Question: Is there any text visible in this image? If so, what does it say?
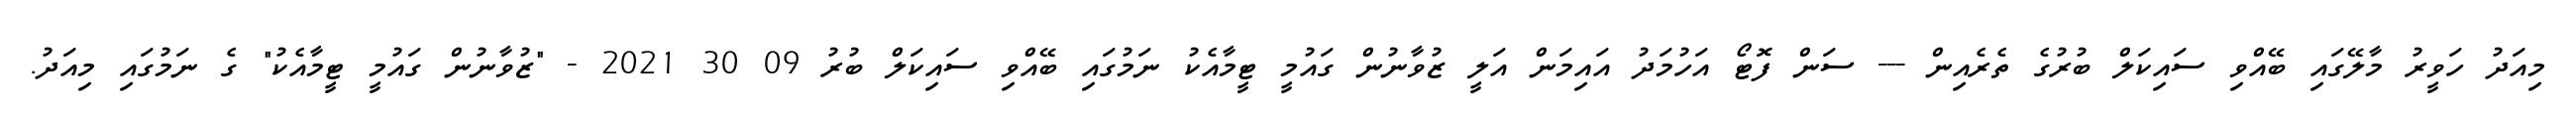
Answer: މިއަދު ހަވީރު މާލޭގައި ބޭއްވި ސައިކަލް ބުރުގެ ތެރެއިން --- ސަން ފޮޓޯ އަހުމަދު އައިމަން އަލީ ޒުވާނުން ގައުމީ ޓީމާއެކު ނަމުގައި ބޭއްވި ސައިކަލް ބުރު 09 30 2021 - "ޒުވާނުން ގައުމީ ޓީމާއެކު" ގެ ނަމުގައި މިއަދު.